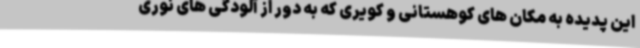
این پدیده به مکان های کوهستانی و کویری که به دور از آلودگی های نوری